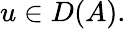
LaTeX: u\in D(A).